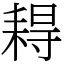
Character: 䎪